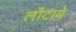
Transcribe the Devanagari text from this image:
लौटाये